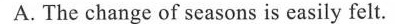
A.The change of seasons is easily felt.